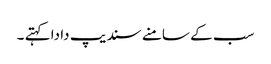
سب کے سامنے سندیپ دا دا کہتے ۔